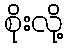
စိုးလို့